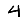
Digit: 4